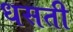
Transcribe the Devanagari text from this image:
धसती